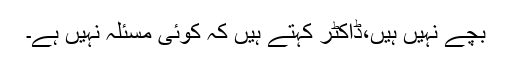
بچے نہیں ہیں،ڈاکٹر کہتے ہیں کہ کوئی مسئلہ نہیں ہے۔